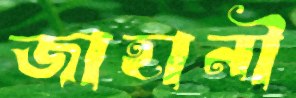
জাহানী